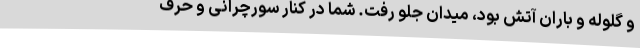
و گلوله و باران آتش بود، میدان جلو رفت. شما در کنار سورچرانی و حرف